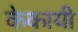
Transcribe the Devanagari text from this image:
केकायी